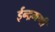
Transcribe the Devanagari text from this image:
ईन्द्रमणी